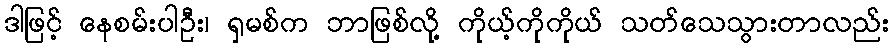
ဒါဖြင့် နေစမ်းပါဦး၊ ရှမစ်က ဘာဖြစ်လို့ ကိုယ့်ကိုကိုယ် သတ်သေသွားတာလည်း